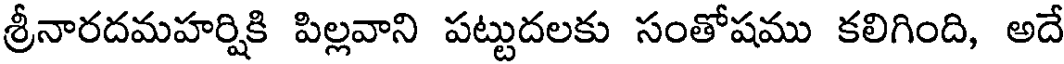
శ్రీనారదమహర్షికి పిల్లవాని పట్టుదలకు సంతోషము కలిగింది, అదే